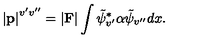
\left| { \bf p } \right| ^ { v ^ { \prime } v ^ { \prime \prime } } = \vert { \bf F } \vert \int \tilde { \psi } _ { v ^ { \prime } } ^ { \ast } \alpha \tilde { \psi } _ { v ^ { \prime \prime } } d x .